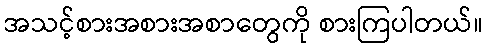
အသင့်စားအစားအစာတွေကို စားကြပါတယ်။